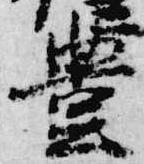
豊